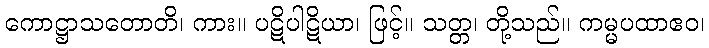
ကောဋ္ဌာသတောတိ၊ ကား။ ပဋိပါဋိယာ၊ ဖြင့်။ သတ္တ၊ တို့သည်။ ကမ္မပထာဧဝ၊